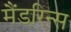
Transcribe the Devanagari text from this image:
मैंडरिन्स